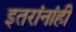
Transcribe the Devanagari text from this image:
इतरांनांही